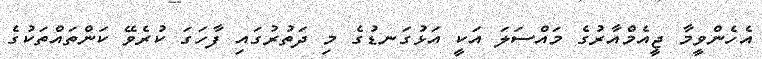
އެހެންވީމާ ޖީއެމްއާރުގެ މައްސަލަ އަކީ އަޅުގަނޑުގެ މި ދަތުރުގައި ފާހަގަ ކުރެވޭ ކަންތައްތަކުގެ